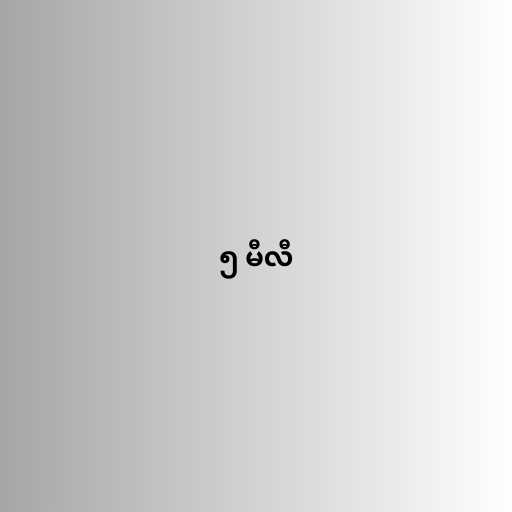
၅ မီလီ